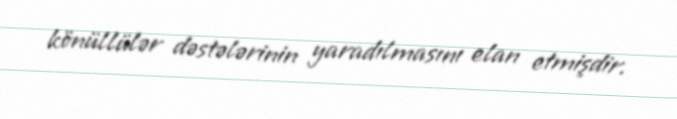
könüllülər dəstələrinin yaradılmasını elan etmişdir.